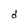
Character: d